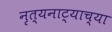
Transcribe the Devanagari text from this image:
नृत्यनाट्याच्या